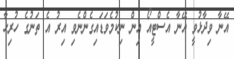
އޭނާ ވިދާޅުވީ އޭނާ އެސްޓީއޯ އިން ނިކުމެވަޑައިގެންނެވި އިރު އެ ތަނުގެ ހުރިހާ